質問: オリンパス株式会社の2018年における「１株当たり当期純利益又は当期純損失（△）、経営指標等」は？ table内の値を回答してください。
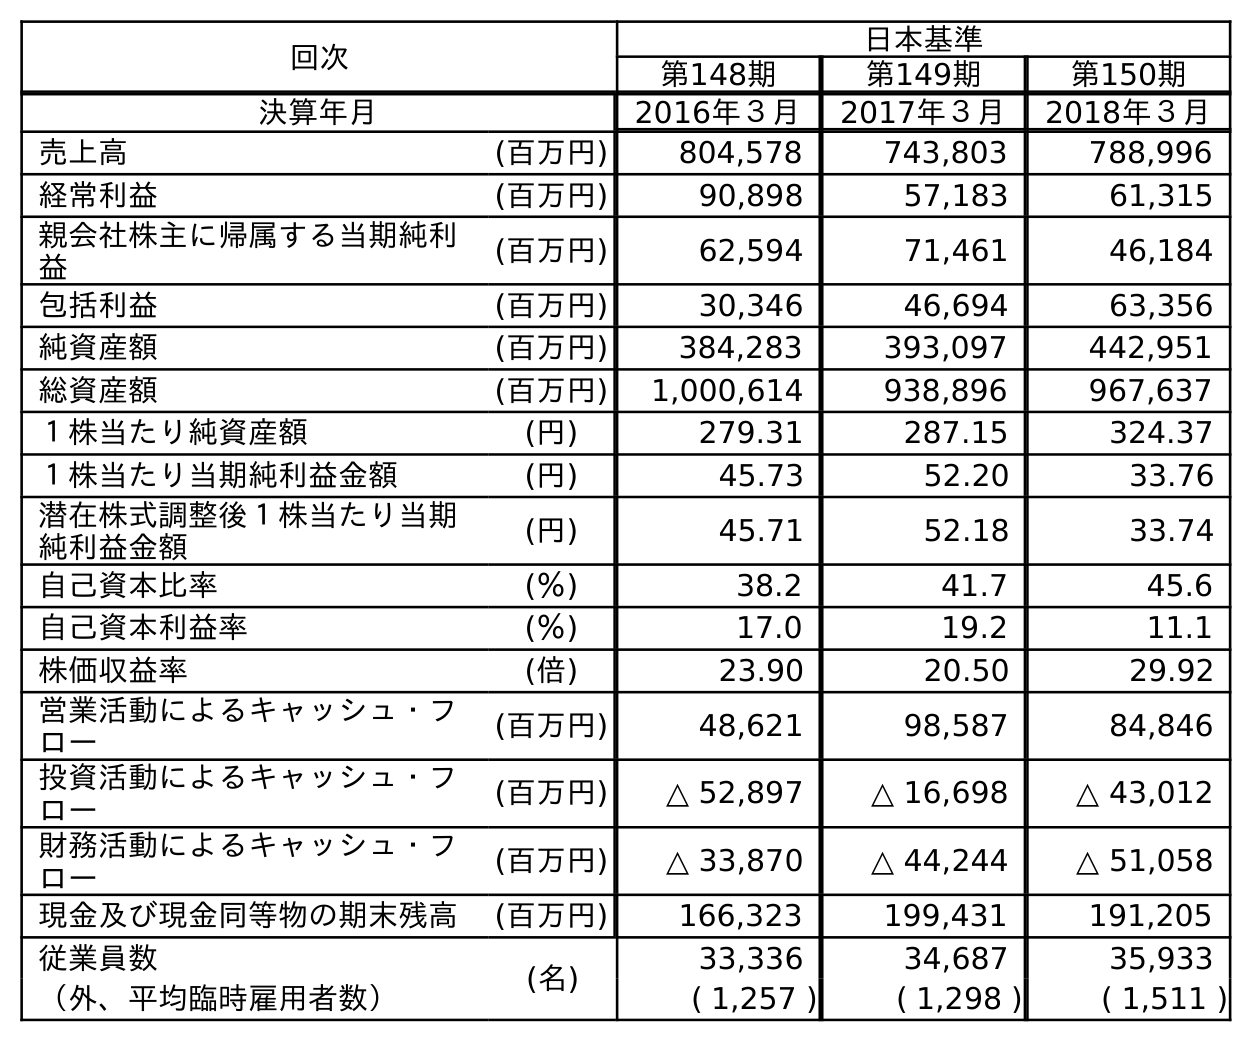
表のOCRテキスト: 回次 日本基準 第148期 第149期 第150期 決算年月 2016年３月 2017年３月 2018年３月 売上高 (百万円) 804,578 743,803 788,996 経常利益 (百万円) 90,898 57,183 61,315 親会社株主に帰属する当期純利 益 (百万円) 62,594 71,461 46,184 包括利益 (百万円) 30,346 46,694 63,356 純資産額 (百万円) 384,283 393,097 442,951 総資産額 (百万円) 1,000,614 938,896 967,637 １株当たり純資産額 (円) 279.31 287.15 324.37 １株当たり当期純利益金額 (円) 45.73 52.20 33.76 潜在株式調整後１株当たり当期 純利益金額 (円) 45.71 52.18 33.74 自己資本比率 (％) 38.2 41.7 45.6 自己資本利益率 (％) 17.0 19.2 11.1 株価収益率 (倍) 23.90 20.50 29.92 営業活動によるキャッシュ・フ ロー (百万円) 48,621 98,587 84,846 投資活動によるキャッシュ・フ ロー (百万円) △ 52,897 △ 16,698 △ 43,012 財務活動によるキャッシュ・フ ロー (百万円) △ 33,870 △ 44,244 △ 51,058 現金及び現金同等物の期末残高 (百万円) 166,323 199,431 191,205 従業員数 (名) 33,336 34,687 35,933 （外、平均臨時雇用者数） ( 1,257 ) ( 1,298 ) ( 1,511 )
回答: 33.76